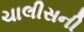
ચાલીસની